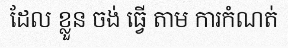
ដែល ខ្លួន ចង់ ធ្វើ តាម ការកំណត់